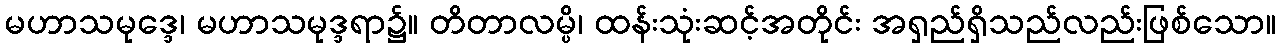
မဟာသမုဒ္ဒေ၊ မဟာသမုဒ္ဒရာ၌။ တိတာလမ္ပိ၊ ထန်းသုံးဆင့်အတိုင်း အရှည်ရှိသည်လည်းဖြစ်သော။